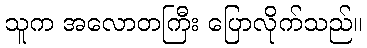
သူက အလောတကြီး ပြောလိုက်သည်။